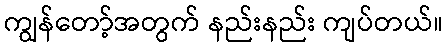
ကျွန်တော့်အတွက် နည်းနည်း ကျပ်တယ်။